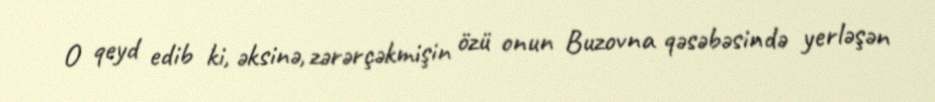
O qeyd edib ki, əksinə, zərərçəkmişin özü onun Buzovna qəsəbəsində yerləşən